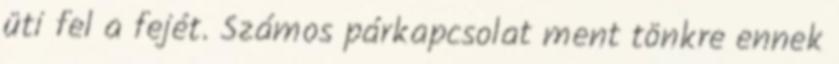
üti fel a fejét. Számos párkapcsolat ment tönkre ennek